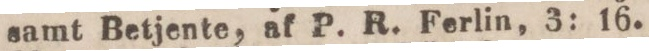
samt Betjente, af P. R. Ferlin, 3: 16.